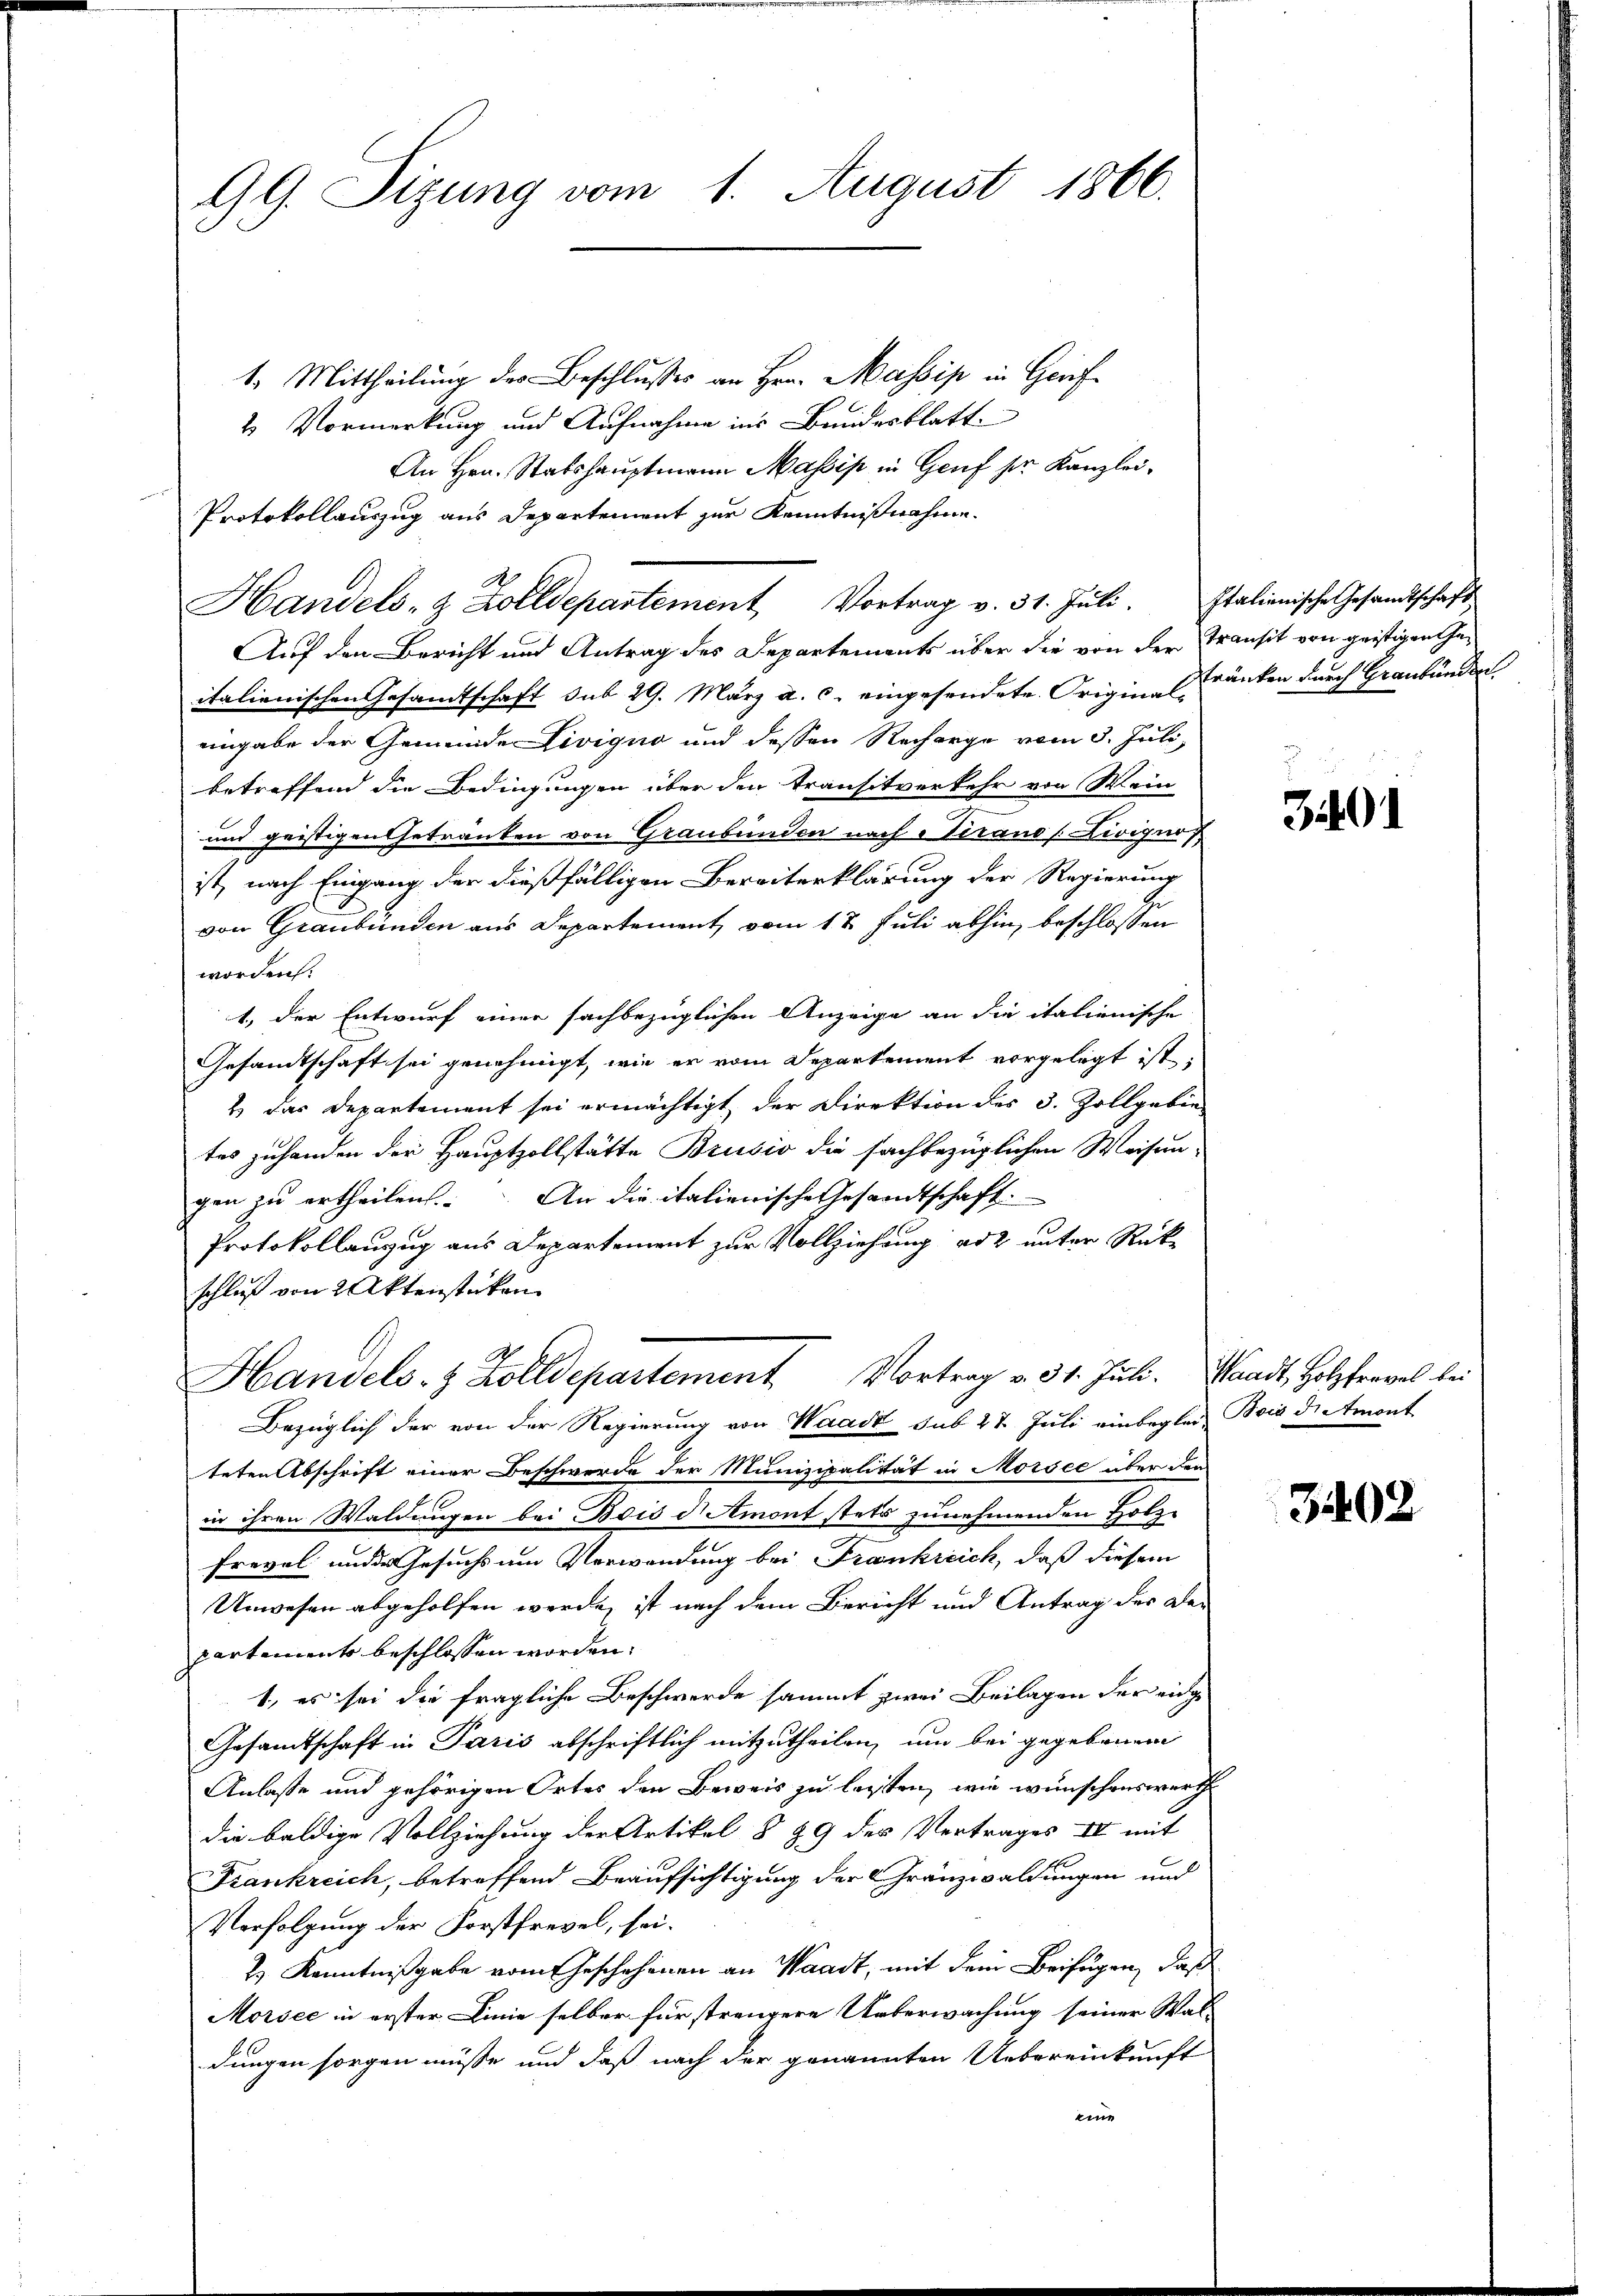
99. Sizung vom 1. August 1866.

1. Mittheilung des Beschlusses an Hrn. Massip in Grif
4 Vormerkung und Aufnahme ins Bundesblatt.
An Hrn. Stabshauptmann Massip in Genf die Kanzlei-
Protokollauszug aus Departement zur Kenntnißnahme
Auf den Bericht und Antrag des Departements über die von der Stransit von geistigen Geitalienischen Gesandtschaft sub 29. März a. c. eingesendete Origina Kränken durch Graubünden.
eingabe der Gemeinde Livigno und dessen Recharge vom 3. Juli,
betreffend die Bedingungen über den Transitverkehr von Wein
und geistigen Getränken von Graubünden nach Verano (Livign
ist, nach Eingang der dießfälligen Bereiterklärung der Regierung
von Graubünden aus Departement, vom 12. Juli abhin, beschlossen
worden.
1. der Entwurf einer sachbezüglichen Anzeige an die italienische
Gesandtschaft sei genehmigt, wie er vom Departement vorgelegt ist,
2 das Departement sei ermächtigt, der Direktion des 3. Zollgebie
tes zuhanden der Hauptzollstätte Brusio die sachbezüglichen Weisen-
gen zu ertheilen. An die italienische Gesandtschaft
Protokollauzug aus Departement zur Vollziehung ad 2 unter Rück-
schluß von 2 Aktenstücken.
Handels- & Zolldepartement Vortrag v. 31. Juli. Waadt, Holzfravel bei
Bezüglich der von der Regierung von Waadt sub 27. Juli einbeglei Bois die Amont
teten Abschrift einer Beschwerde der Munizipalität in Morsee aber der
in ihren Waldungen bei Bois d Amont stets zunehmenden Holz¬
Frevel und der Gesuchs um Verwendung bei Frankreich, daß diesem
Unwesen abgeholfen werde, ist nach dem Bericht und Antrag der De-
partemente beschlossen worden.
1., es sei die fragliche Beschwerde sammt zwei Beilagen der eige
Gesamtschaft in Paris abschriftlich mitzutheilen, um bei gegebenen
Anlasse und gehörigen Ortes den Beweis zu leisten, wie wünschenswerth
die baldige Vollziehung der Artikel § 89 des Vertrages II mit
Frankreich, betreffend Beaufsichtigung der Gränzwaldungen und
Verfolgung der Forstfrevel, sei.
2.) Kenntnißgabe vom Geschehenen an Waadt, mit dem Beifügen, daß
Morsee in erster Linie selber für strengere Ueberwachung seiner Wal-
dungen sorgen müsse und daß nach der genannten Uebereinkunft
eine

Handels- & Zolldepartement Vortrag v. 31. Jŭli. Italienische Gesandtschaft

3401

3402